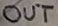
Text: OUT